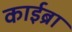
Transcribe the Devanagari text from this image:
काईब्रा